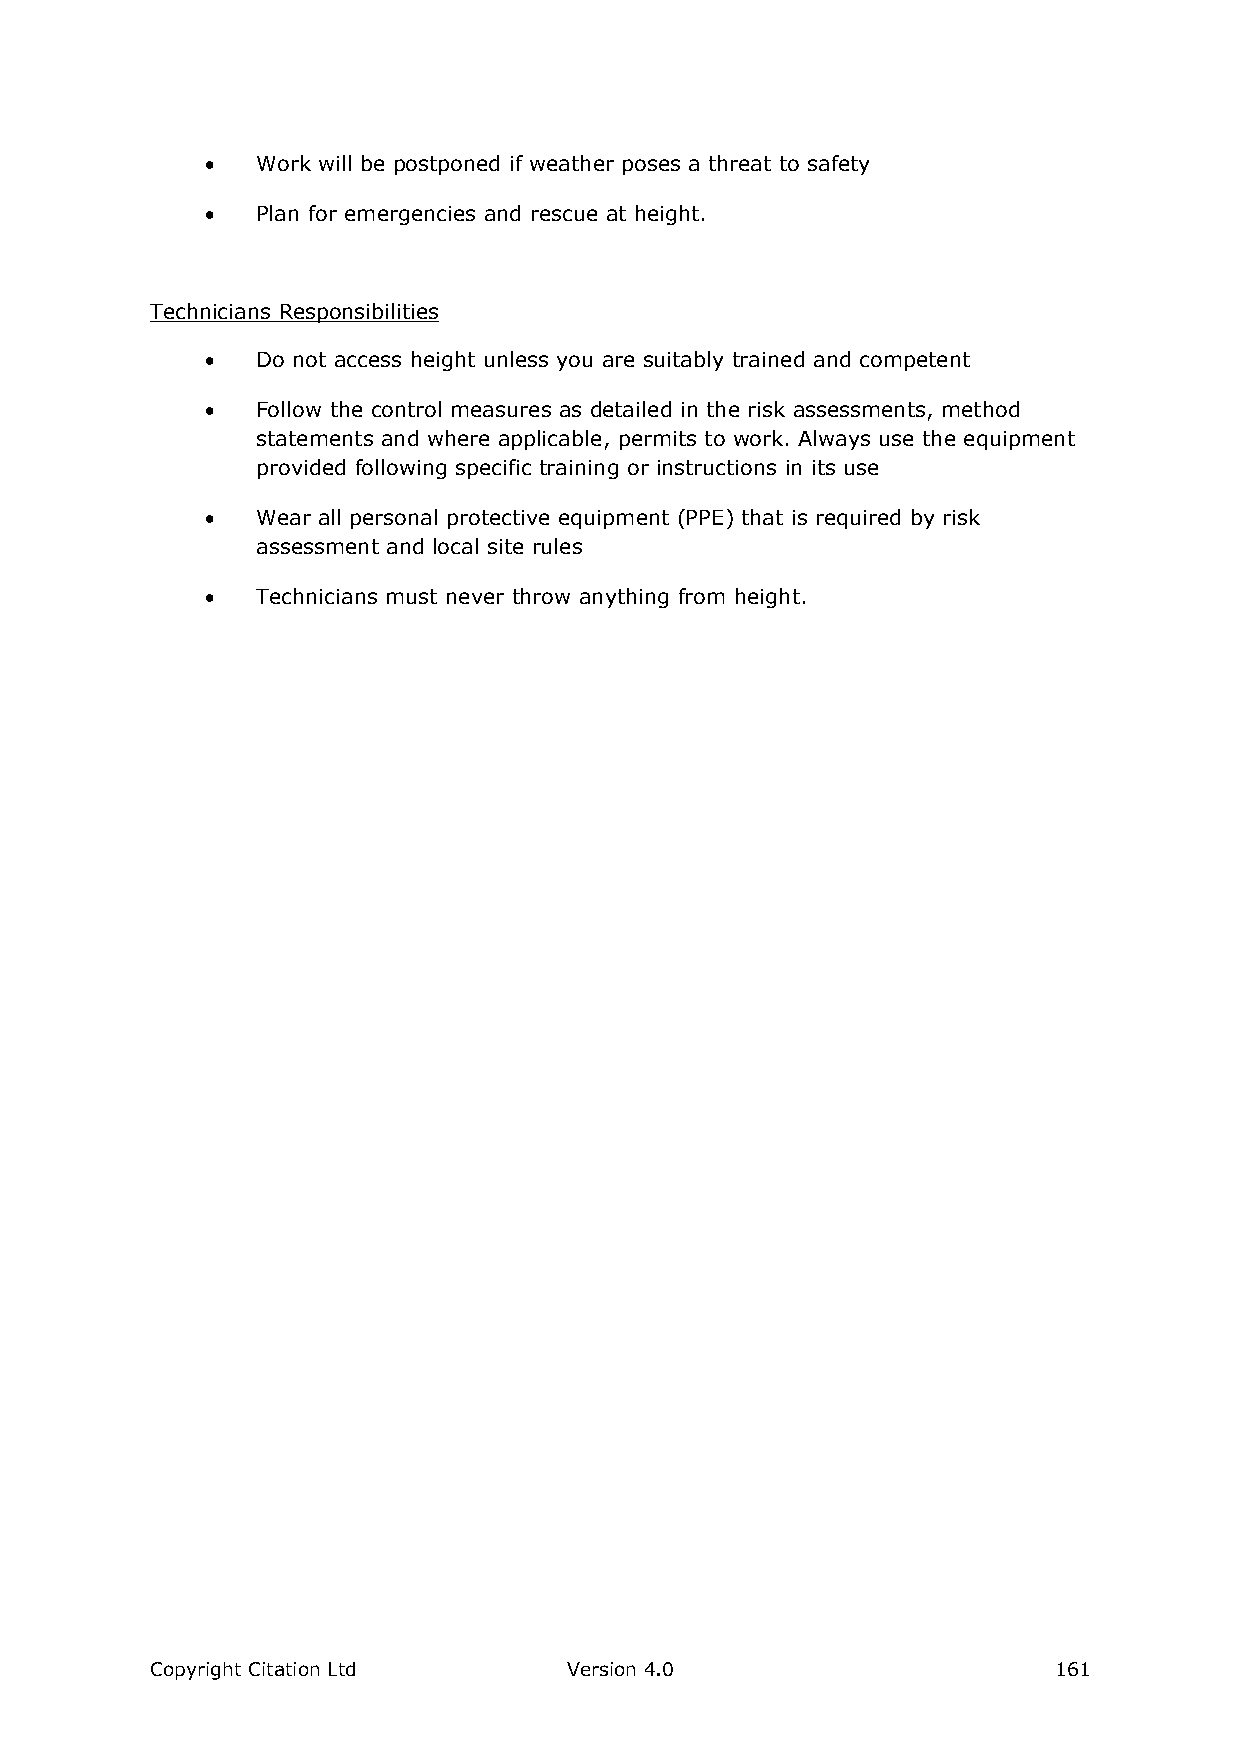
  Work will be postponed if weather poses a threat to safety
   Plan for emergencies and rescue at height.
 Technicians Responsibilities
   Do not access height unless you are suitably trained and competent
   Follow the control measures as detailed in the risk assessments, method
 statements and where applicable, permits to work. Always use the equipment
 provided following specific training or instructions in its use
   Wear all personal protective equipment (PPE) that is required by risk
 assessment and local site rules
   Technicians must never throw anything from height.
 Copyright Citation Ltd      Version 4.0                     161